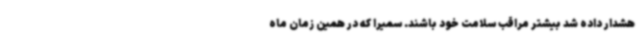
هشدار داده شد بیشتر مراقب سلامت خود باشند. سمیرا که در همین زمان ماه